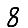
Digit: 8